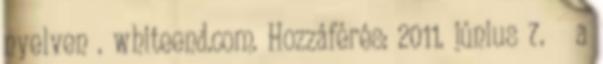
nyelven . whiteend.com. Hozzáférés: 2011. június 7. ↑ a